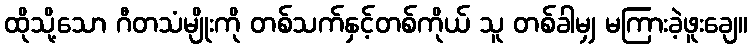
ထိုသို့သော ဂီတသံမျိုးကို တစ်သက်နှင့်တစ်ကိုယ် သူ တစ်ခါမျှ မကြားခဲ့ဖူးချေ။